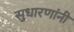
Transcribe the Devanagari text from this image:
सुधारणांनी